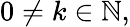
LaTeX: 0\neq k\in\mathbb{N},